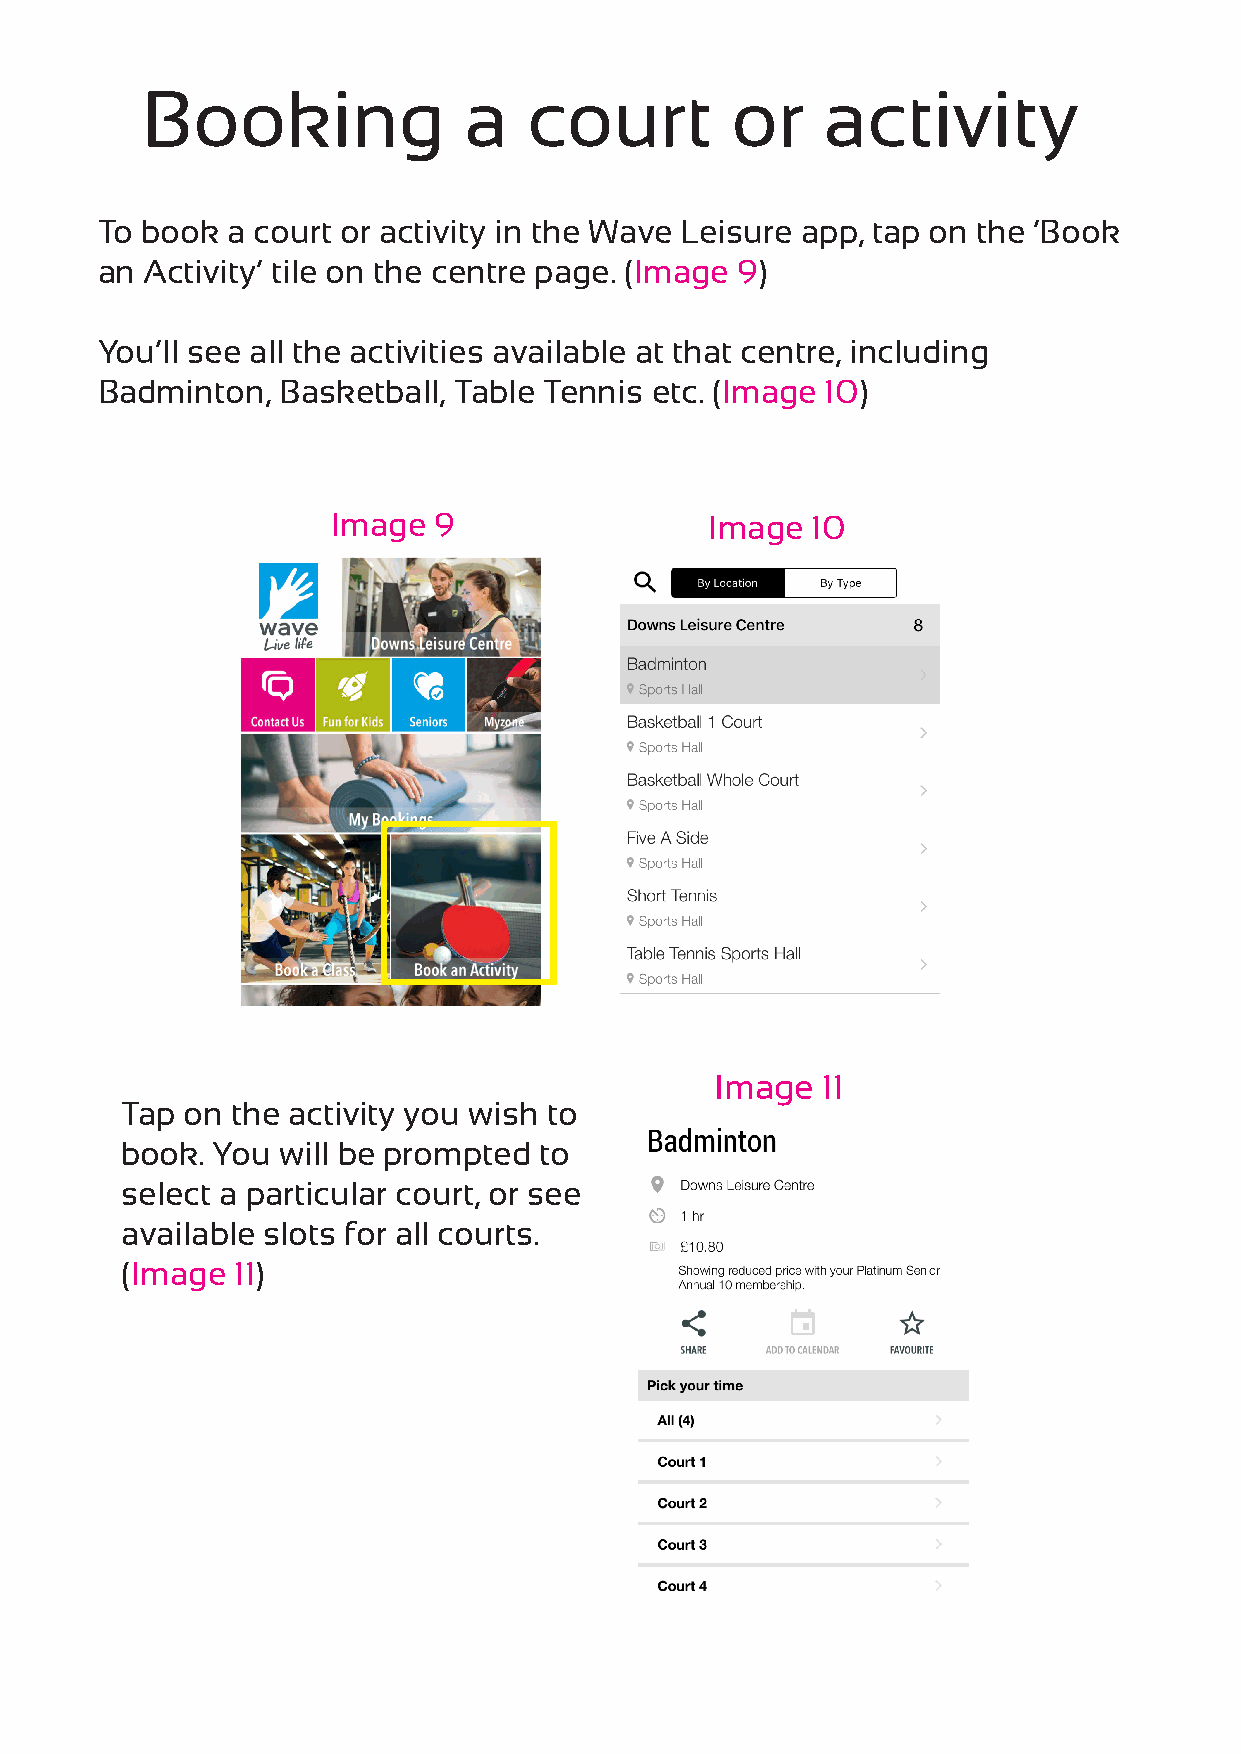
Booking               a   court        or    activity
 To book  a court or activity in the Wave Leisure app, tap on the ‘Book
 an  Activity’ tile on the centre page. (Image 9)
 You’ll see all the activities available at that centre, including
 Badminton,  Basketball, Table Tennis etc. (Image 10)
 Image  9                 Image  10
 Image  11
 Tap on the activity you wish to
 book. You will be prompted  to
 select a particular court, or see
 available slots for all courts.
 (Image 11)